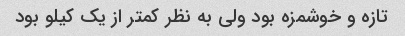
تازه و خوشمزه بود ولی به نظر کمتر از یک کیلو بود